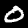
Digit: 0